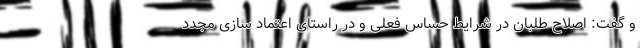
و گفت: اصلاح طلبان در شرایط حساس فعلی و در راستای اعتماد سازی مجدد